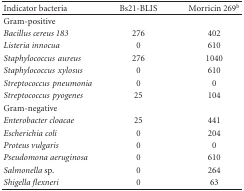
<table><thead><tr><td><b>Indicator bacteria</b></td><td><b>Bs21-BLIS</b></td><td><b>Morricin 269<sup>b</sup></b></td></tr></thead><tbody><tr><td> Gram-positive</td><td></td><td></td></tr><tr><td><i>Bacillus cereus 183</i></td><td> 276</td><td> 402</td></tr><tr><td><i>Listeria innocua</i></td><td>0</td><td> 610</td></tr><tr><td><i>Staphylococcus</i><i>aureus </i></td><td> 276</td><td> 1040</td></tr><tr><td><i>Staphylococcus</i><i>xylosus </i></td><td>0</td><td> 610</td></tr><tr><td><i>Streptococcus</i><i>pneumonia </i></td><td>0</td><td> 0</td></tr><tr><td><i>Streptococcus</i><i>pyogenes </i></td><td> 25</td><td> 104</td></tr><tr><td> Gram-negative</td><td></td><td></td></tr><tr><td><i>Enterobacter cloacae</i></td><td> 25</td><td> 441</td></tr><tr><td><i>Escherichia coli</i></td><td>0</td><td> 204</td></tr><tr><td><i>Proteus vulgaris</i></td><td>0</td><td> 0</td></tr><tr><td><i>Pseudomona aeruginosa</i></td><td>0</td><td> 610</td></tr><tr><td><i>Salmonella </i>sp.</td><td>0</td><td> 264</td></tr><tr><td><i>Shigella flexneri</i></td><td>0</td><td> 63</td></tr></tbody></table>